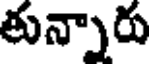
తున్నారు